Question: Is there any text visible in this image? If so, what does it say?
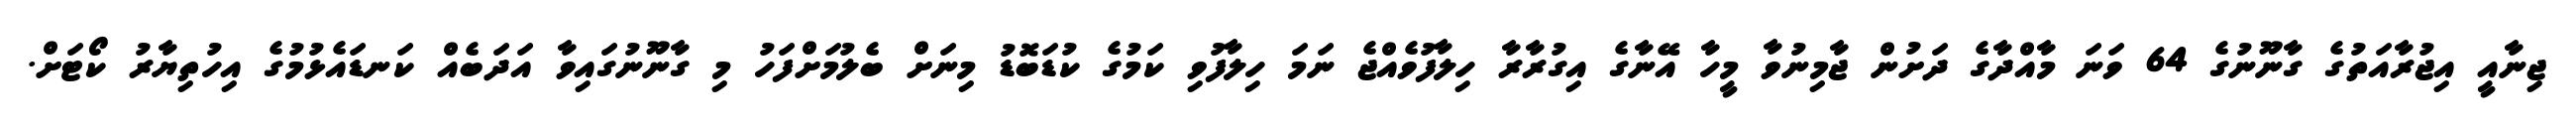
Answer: ޖިނާއީ އިޖުރާއަތުގެ ގާނޫނުގެ 64 ވަނަ މާއްދާގެ ދަށުން ޖާމިނުވާ މީހާ އޭނާގެ އިގުރާރާ ހިލާފުވެއްޖެ ނަމަ ހިލާފުވި ކަމުގެ ކުޑަބޮޑު މިނަށް ބެލުމަށްފަހު މި ގާނޫނުގައިވާ އަދަބެއް ކަނޑައެޅުމުގެ އިހުތިޔާރު ކޯޓަށް.